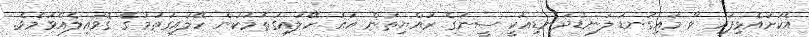
އެކަށައެޅިފައި ވާ މައިގަނޑު ލަނޑުދަނޑިއަކީ ސީނުގެ ރައްޔިތުން އައު ހޭލައިގަތުމަކުން ހޭލައިގަތުމުގެ ގޮވައިލެއްވުމެވެ.